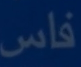
فاس